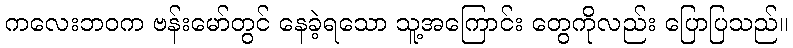
ကလေးဘဝက ဗန်းမော်တွင် နေခဲ့ရသော သူ့အကြောင်း တွေကိုလည်း ပြောပြသည်။